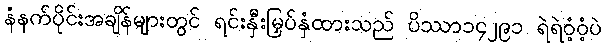
နံနက်ပိုင်းအချိန်များတွင် ရင်းနှီးမြှပ်နှံထားသည် ပိဿာ၁၄၂၉၁ ရဲရဲဝံ့ဝံ့ပဲ